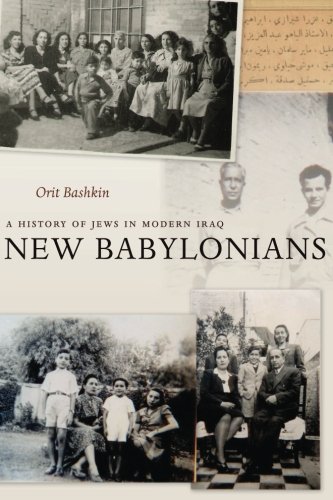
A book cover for New Babylonians: A History of Jews in Modern Iraq; Orit Bashkin; History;